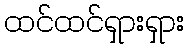
ထင်ထင်ရှားရှား